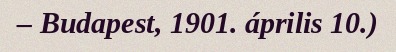
– Budapest, 1901. április 10.)